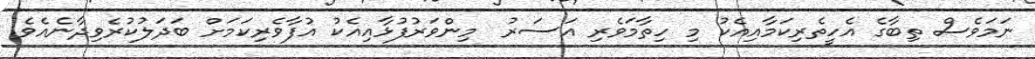
ނަމަވެސް ތިބާގެ އެހީތެރިކަމާއިއެކު މި ހިތާމަވެރި އަސަރު  މިންވަރުފުޅާއިއެކު އުފާވެރިކަމަށް ބަދަލުކުރެވިދާނެއެވެ.